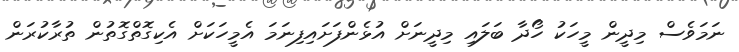
ނަމަވެސް މިދީން މީހަކު ހޯދާ ބަލައި މިދީނަށް އުޅެންފަށައިފިނަމަ އެމީހަކަށް އެކިގޮތްގޮތުން ތުރާކުރަން